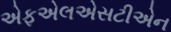
એફએલએસટીએન